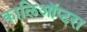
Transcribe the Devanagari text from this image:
कालिऑप्टरा